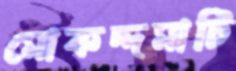
মোকদ্দমাটি